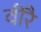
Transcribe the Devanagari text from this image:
वीरै